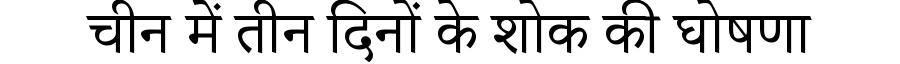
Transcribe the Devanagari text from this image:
चीन में तीन दिनों के शोक की घोषणा